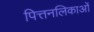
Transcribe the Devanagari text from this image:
पित्तनलिकाओं